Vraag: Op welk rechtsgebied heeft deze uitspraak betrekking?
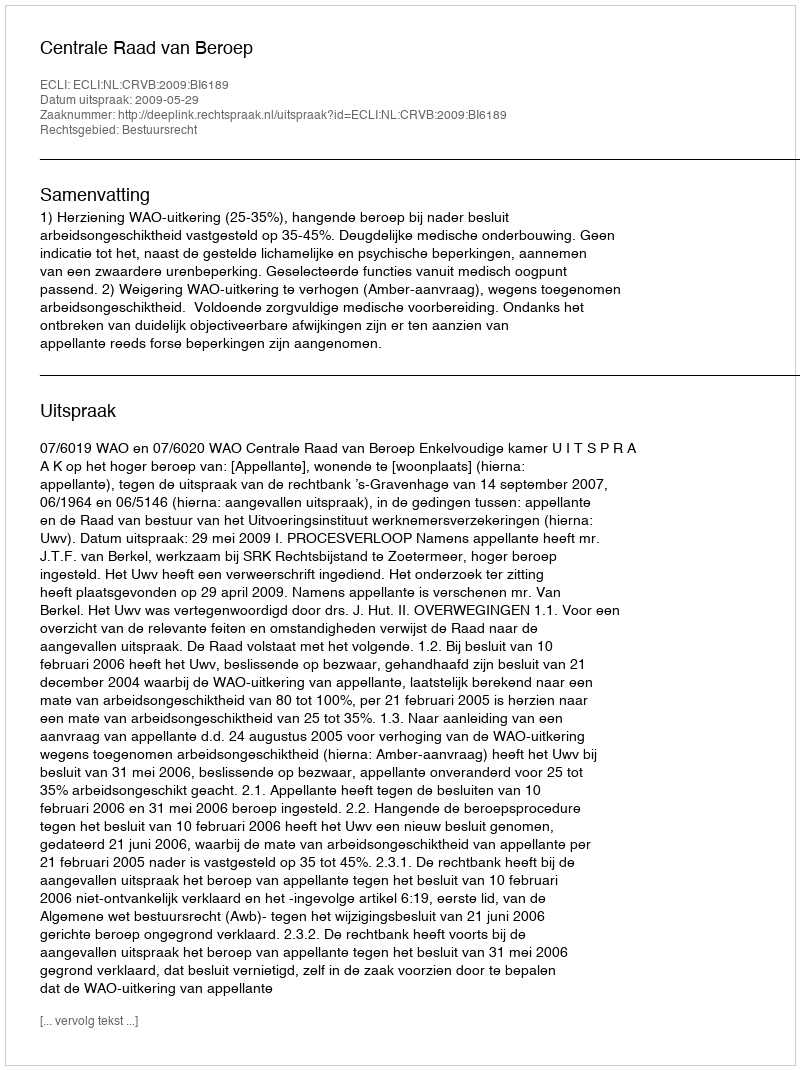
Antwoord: Bestuursrecht